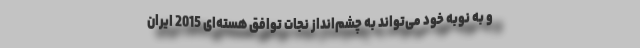
و به نوبه خود می‌تواند به چشم‌انداز نجات توافق هسته‌ای 2015 ایران